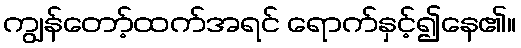
ကျွန်တော့်ထက်အရင် ရောက်နှင့်၍နေ၏။